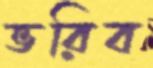
ভরিব